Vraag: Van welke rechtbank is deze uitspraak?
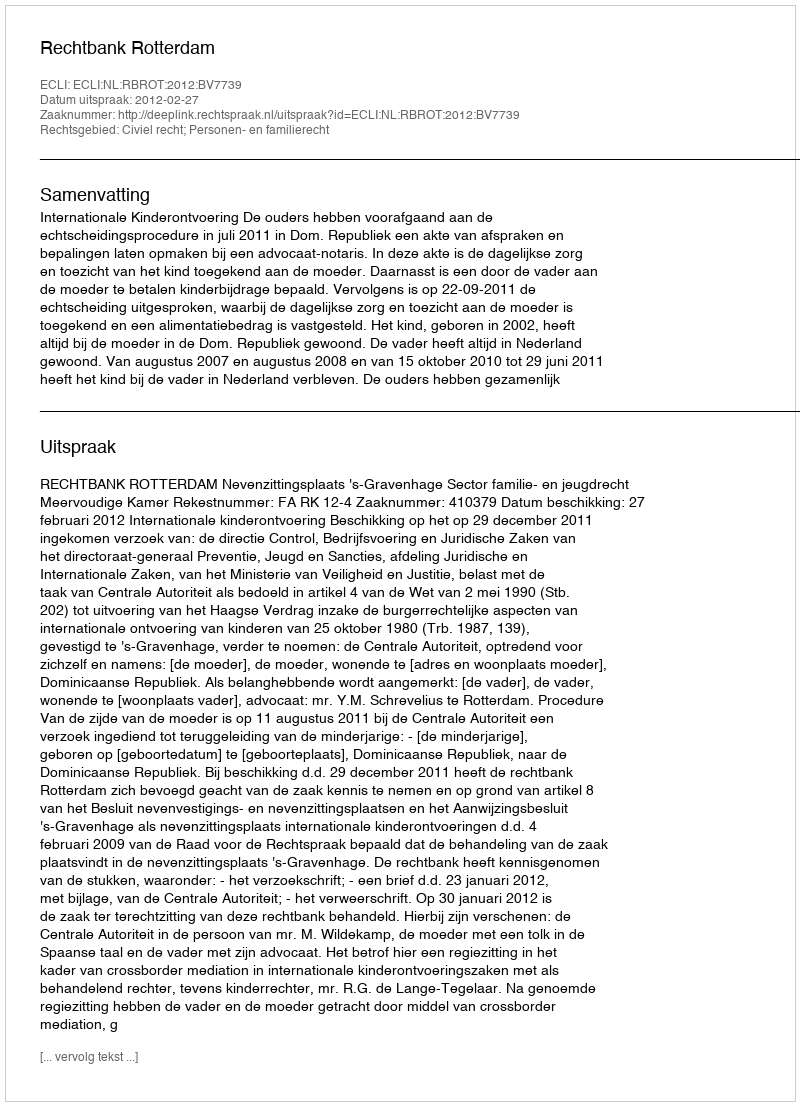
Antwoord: Rechtbank Rotterdam